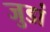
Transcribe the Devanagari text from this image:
जुडां